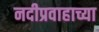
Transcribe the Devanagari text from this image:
नदीप्रवाहाच्या